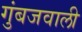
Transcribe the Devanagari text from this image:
गुंबजवाली